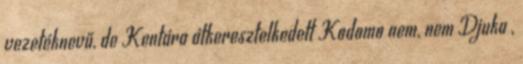
vezetéknevű, de Kentára átkeresztelkedett Kodomo nem, nem Djuka ,